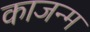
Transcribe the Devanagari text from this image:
काजन्‍म